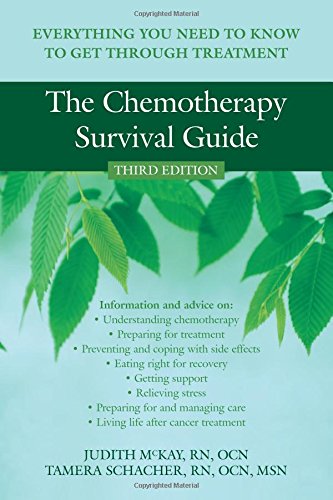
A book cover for The Chemotherapy Survival Guide: Everything You Need to Know to Get Through Treatment; Judith McKay; Health, Fitness & Dieting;